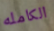
الكامله